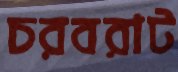
চরবরাট